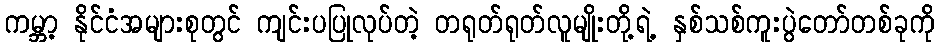
ကမ္ဘာ့ နိုင်ငံအများစုတွင် ကျင်းပပြုလုပ်တဲ့ တရုတ်ရုတ်လူမျိုးတို့ရဲ့ နှစ်သစ်ကူးပွဲတော်တစ်ခုကို